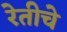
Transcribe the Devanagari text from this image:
रेतीचे